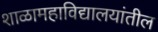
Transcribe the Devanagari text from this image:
शाळामहाविद्यालयांतील